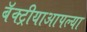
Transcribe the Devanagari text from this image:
बॅक्ट्रीयाआपल्या